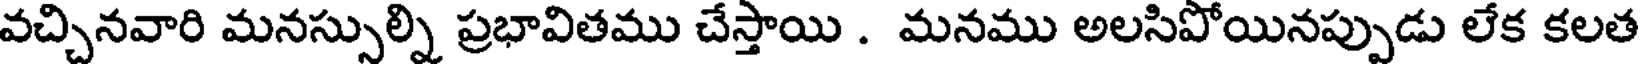
వచ్చినవారి మనస్సుల్ని ప్రభావితము చేస్తాయి . మనము అలసిపోయినప్పుడు లేక కలత